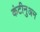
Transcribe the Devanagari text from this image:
कंटीनुअम